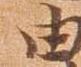
由